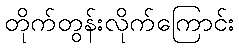
တိုက်တွန်းလိုက်ကြောင်း